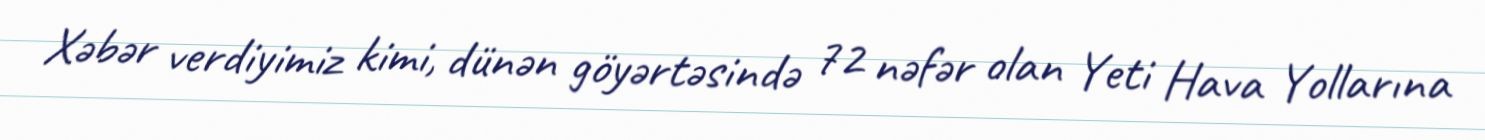
Xəbər verdiyimiz kimi, dünən göyərtəsində 72 nəfər olan Yeti Hava Yollarına